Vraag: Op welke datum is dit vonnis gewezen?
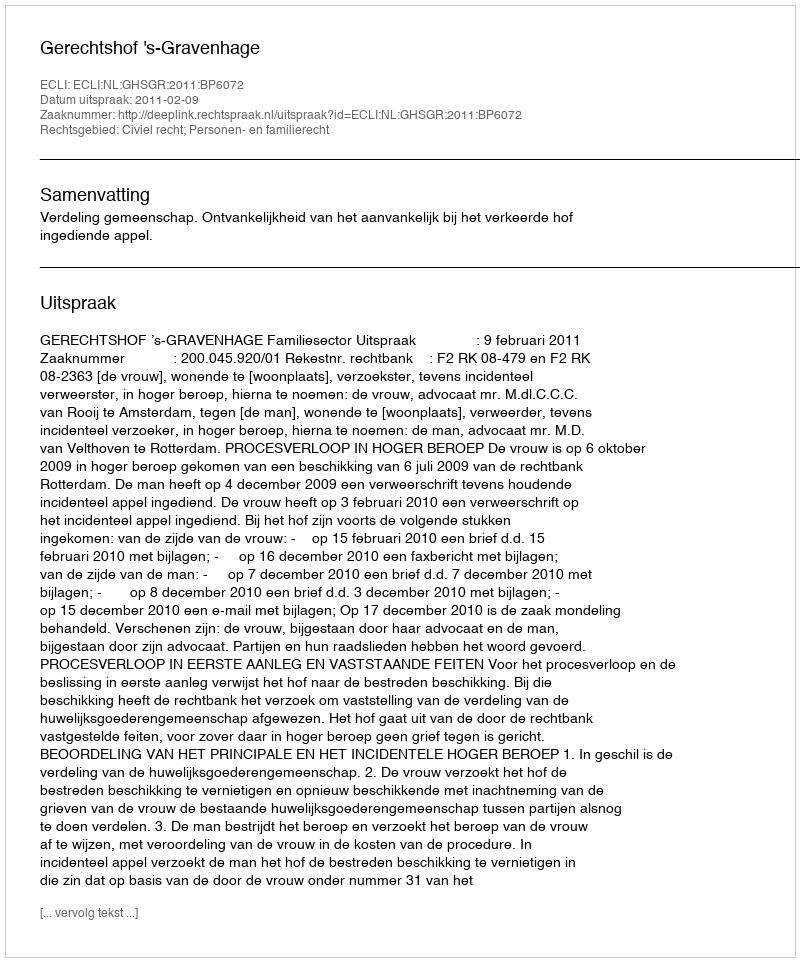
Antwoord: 2011-02-09